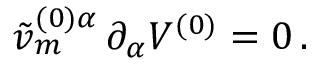
\tilde { v } _ { m } ^ { ( 0 ) \alpha } \, \partial _ { \alpha } V ^ { ( 0 ) } = 0 \, .